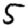
Digit: 5